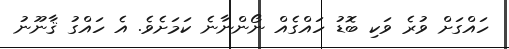
ހައްގަށް ވުރެ ވަކި ބޮޑު ހައްގެއް ނޯންނާނެ ކަމަށެވެ. އެ ހައްގު ޤާނޫނު